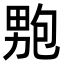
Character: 𭻚